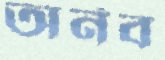
অর্নব